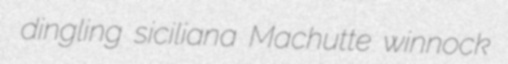
dingling siciliana Machutte winnock